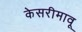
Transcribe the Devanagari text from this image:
केसरीमावू